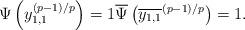
LaTeX: \begin{align*}\Psi\left(y_{1,1}^{(p-1)/p}\right)=1 \overline{\Psi}\left(\overline{y_{1,1}}^{(p-1)/p}\right)=1.\end{align*}